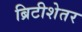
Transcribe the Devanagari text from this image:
ब्रिटीशेतर